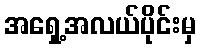
အရှေ့အလယ်ပိုင်းမှ